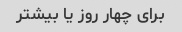
برای چهار روز یا بیشتر